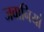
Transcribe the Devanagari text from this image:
जवानियां